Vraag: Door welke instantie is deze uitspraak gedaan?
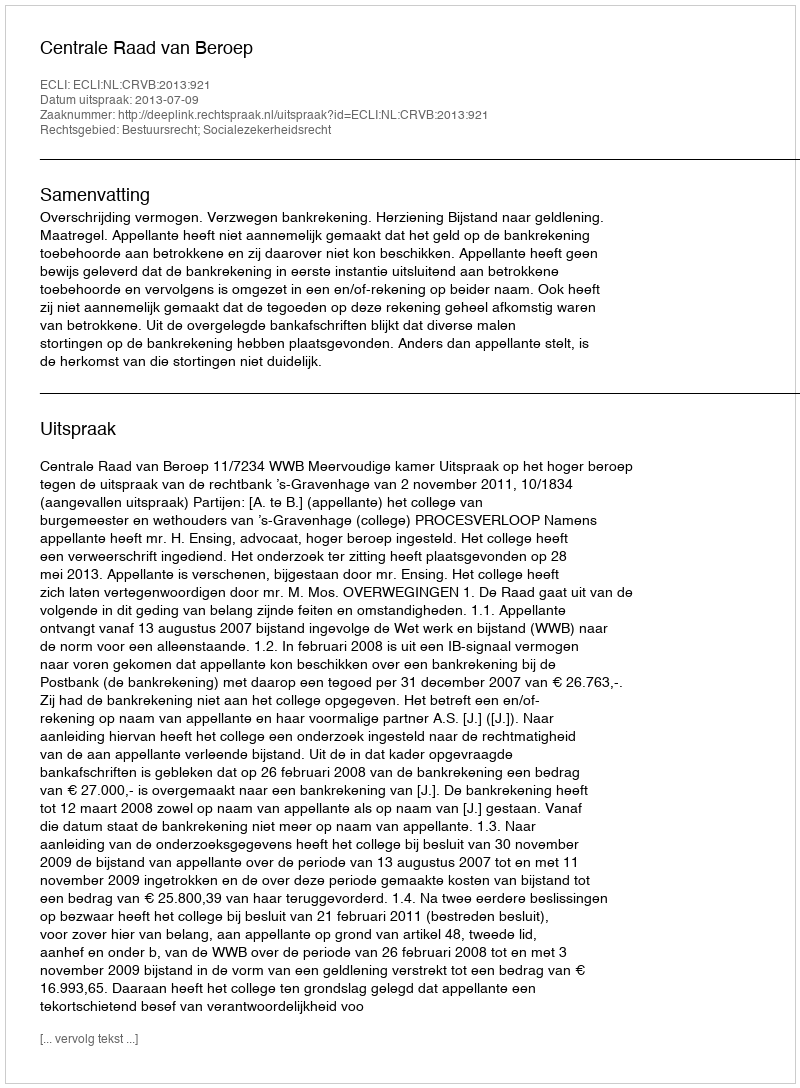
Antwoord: Centrale Raad van Beroep